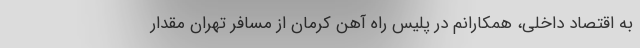
به اقتصاد داخلی، همکارانم در پلیس راه آهن کرمان از مسافر تهران مقدار